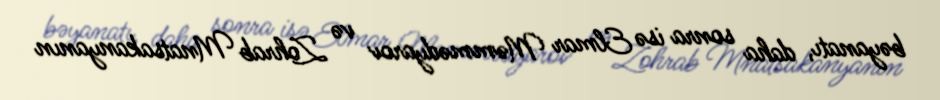
bəyanatı, daha sonra isə Elmar Məmmədyarov və Zohrab Mnatsakanyanın